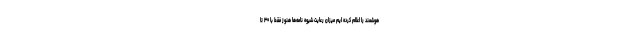
هوشمند را اعلام کرده ایم میزان رعایت شیوه نامه‌ها هنوز فقط با ۳۰ تا